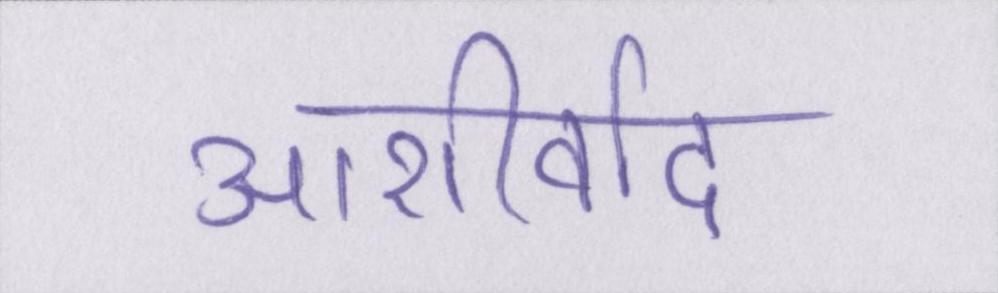
आशीर्वाद